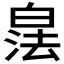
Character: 𪾁